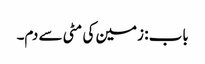
باب : زمین کی مٹی سے دم۔